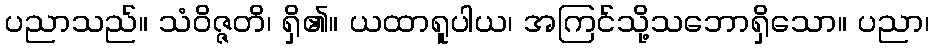
ပညာသည်။ သံဝိဇ္ဇတိ၊ ရှိ၏။ ယထာရူပါယ၊ အကြင်သို့သဘောရှိသော။ ပညာ၊